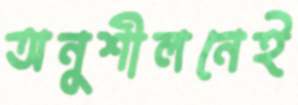
অনুশীলনেই